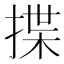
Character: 揲